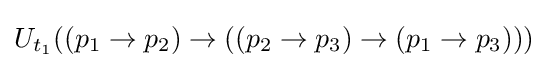
U_{t_{1}}((p_{1}\rightarrow p_{2})\rightarrow ((p_{2}\rightarrow p_{3})\rightarrow (p_{1}\rightarrow p_{3})))